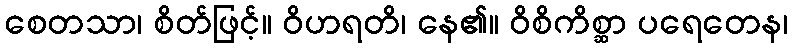
စေတသာ၊ စိတ်ဖြင့်။ ဝိဟရတိ၊ နေ၏။ ဝိစိကိစ္ဆာ ပရေတေန၊